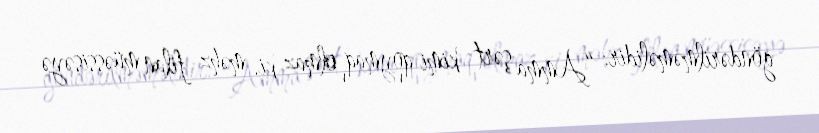
göndərilməməlidir: “Amma şərt kimi qoymaq olmaz ki, məhz filan müəssisəyə